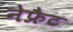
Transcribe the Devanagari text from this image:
नेफ्रैट